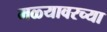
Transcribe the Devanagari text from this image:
मळ्यावरच्या